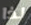
لذا